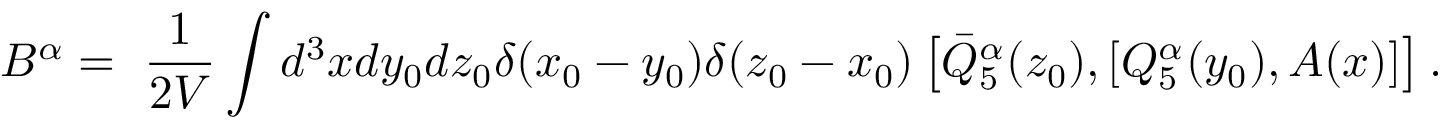
B ^ { \alpha } = \ \frac { 1 } { 2 V } \int d ^ { 3 } x d y _ { 0 } d z _ { 0 } \delta ( x _ { 0 } - y _ { 0 } ) \delta ( z _ { 0 } - x _ { 0 } ) \left[ \bar { Q } _ { 5 } ^ { \alpha } ( z _ { 0 } ) , [ Q _ { 5 } ^ { \alpha } ( y _ { 0 } ) , A ( x ) ] \right] .